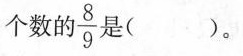
个数的 \frac{8}{9} 是( )。